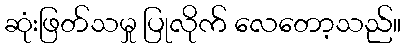
ဆုံးဖြတ်သမှု ပြုလိုက် လေတော့သည်။